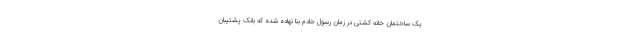
یک ساختمان خانه کشتی در زمان رسول خادم بنا نهاده شده که بانک پشتیبان